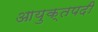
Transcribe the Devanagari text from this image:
आयुक्तपदी